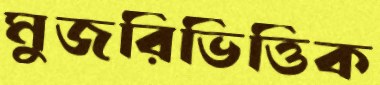
মুজরিভিত্তিক